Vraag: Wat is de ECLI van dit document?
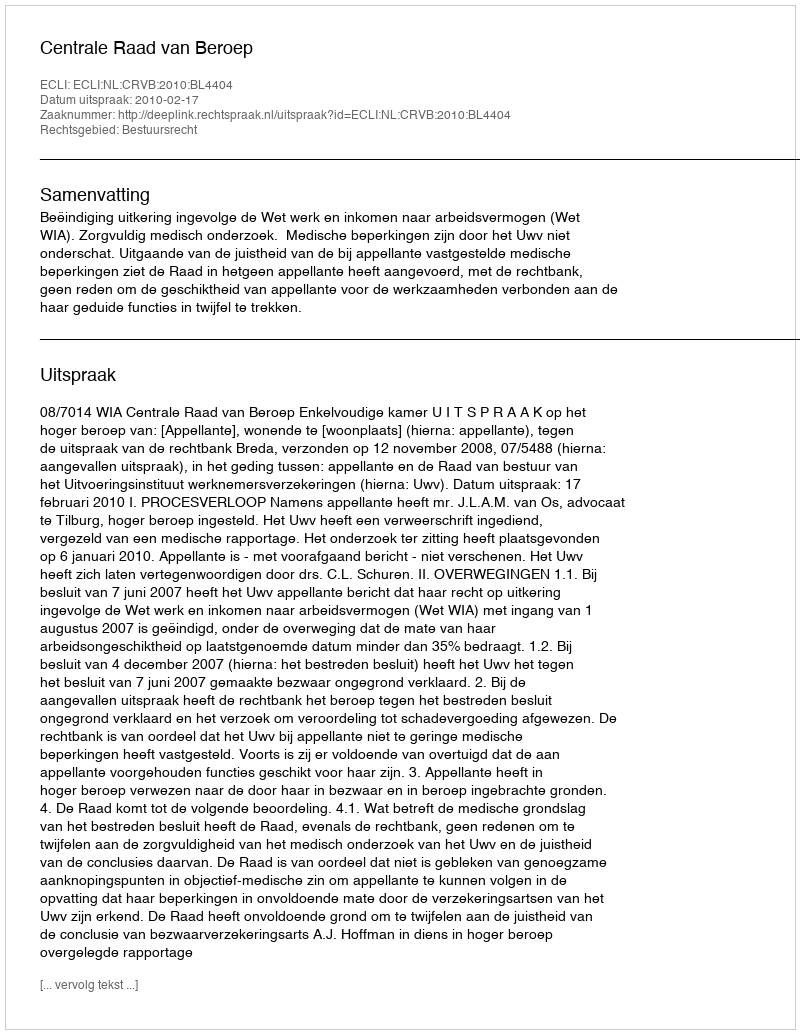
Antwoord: ECLI:NL:CRVB:2010:BL4404